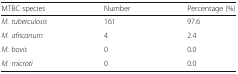
<table><thead><tr><td><b>MTBC species</b></td><td><b>Number</b></td><td><b>Percentage (%)</b></td></tr></thead><tbody><tr><td><i>M. tuberculosis</i></td><td>161</td><td>97.6</td></tr><tr><td><i>M. africanum</i></td><td>4</td><td>2.4</td></tr><tr><td><i>M. bovis</i></td><td>0</td><td>0.0</td></tr><tr><td><i>M. microti</i></td><td>0</td><td>0.0</td></tr></tbody></table>